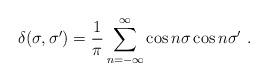
LaTeX: \begin{align*}\delta (\sigma,\sigma')=\frac{1}{\pi} \sum_{n=-\infty}^{\infty}\cos n\sigma \cos n \sigma'\ .\end{align*}